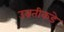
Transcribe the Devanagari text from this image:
उन्नतीकडे